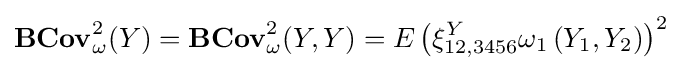
\mathbf {BCov} _{\omega }^{2}(Y)=\mathbf {BCov} _{\omega }^{2}(Y,Y)=E\left(\xi _{12,3456}^{Y}\omega _{1}\left(Y_{1},Y_{2}\right)\right)^{2}